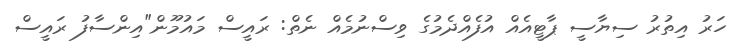
ހަރު އިތުރު ސިޔާސީ ޕާޓީއެއް އުފެއްދެމުގެ ވިސްނުމެއް ނެތް: ރައީސް މައުމޫން"އިންސާފު ރައީސް